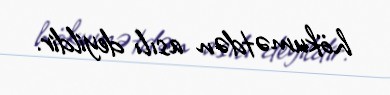
hökumətdən asılı deyildir.